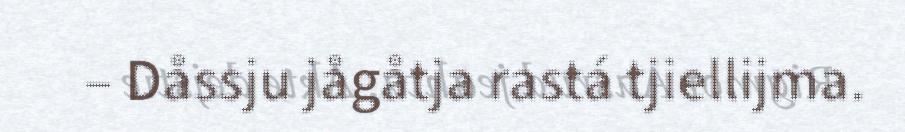
– Dåssju jågåtja rastá tjiellijma.